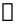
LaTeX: \mathscr{y}